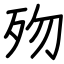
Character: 歾